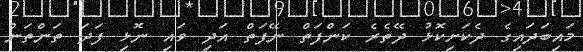
މައިބަދައިގެ ދެކަށިކޮޅު ދޭތެރެ ކަންފަތް ނޭފަތް އަދި ވައި ނޮޅި ފަދަ ތަންތަން